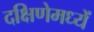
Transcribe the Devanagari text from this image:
दक्षिणेमध्यें